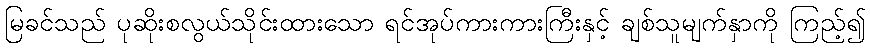
မြခင်သည် ပုဆိုးစလွယ်သိုင်းထားသော ရင်အုပ်ကားကားကြီးနှင့် ချစ်သူမျက်နှာကို ကြည့်၍